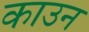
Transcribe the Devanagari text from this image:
काउन